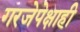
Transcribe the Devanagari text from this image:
गरजेपेक्षाही